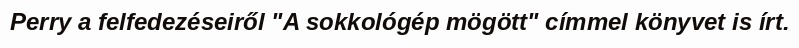
Perry a felfedezéseiről "A sokkológép mögött" címmel könyvet is írt.